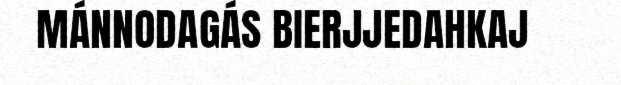
MÁNNODAGÁS BIERJJEDAHKAJ